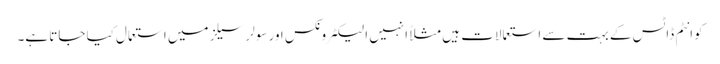
کوانٹم ڈاٹس کے بہت سے استعمالات ہیں مثلاً انہیں الیکٹرونکس اور سولر سیلز میں استعمال کیا جاتا ہے۔